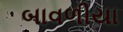
બાવળીયા